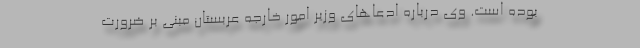
بوده است. وی درباره ادعاهای وزیر امور خارجه عربستان مبنی بر ضرورت